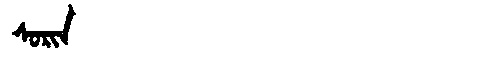
Manchu: ᠰᠣᡵᡳᠨ
Romanization: SORIN